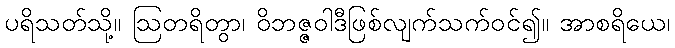
ပရိသတ်သို့။ ဩတရိတွာ၊ ဝိဘဇ္ဇဝါဒီဖြစ်လျက်သက်ဝင်၍။ အာစရိယေ၊